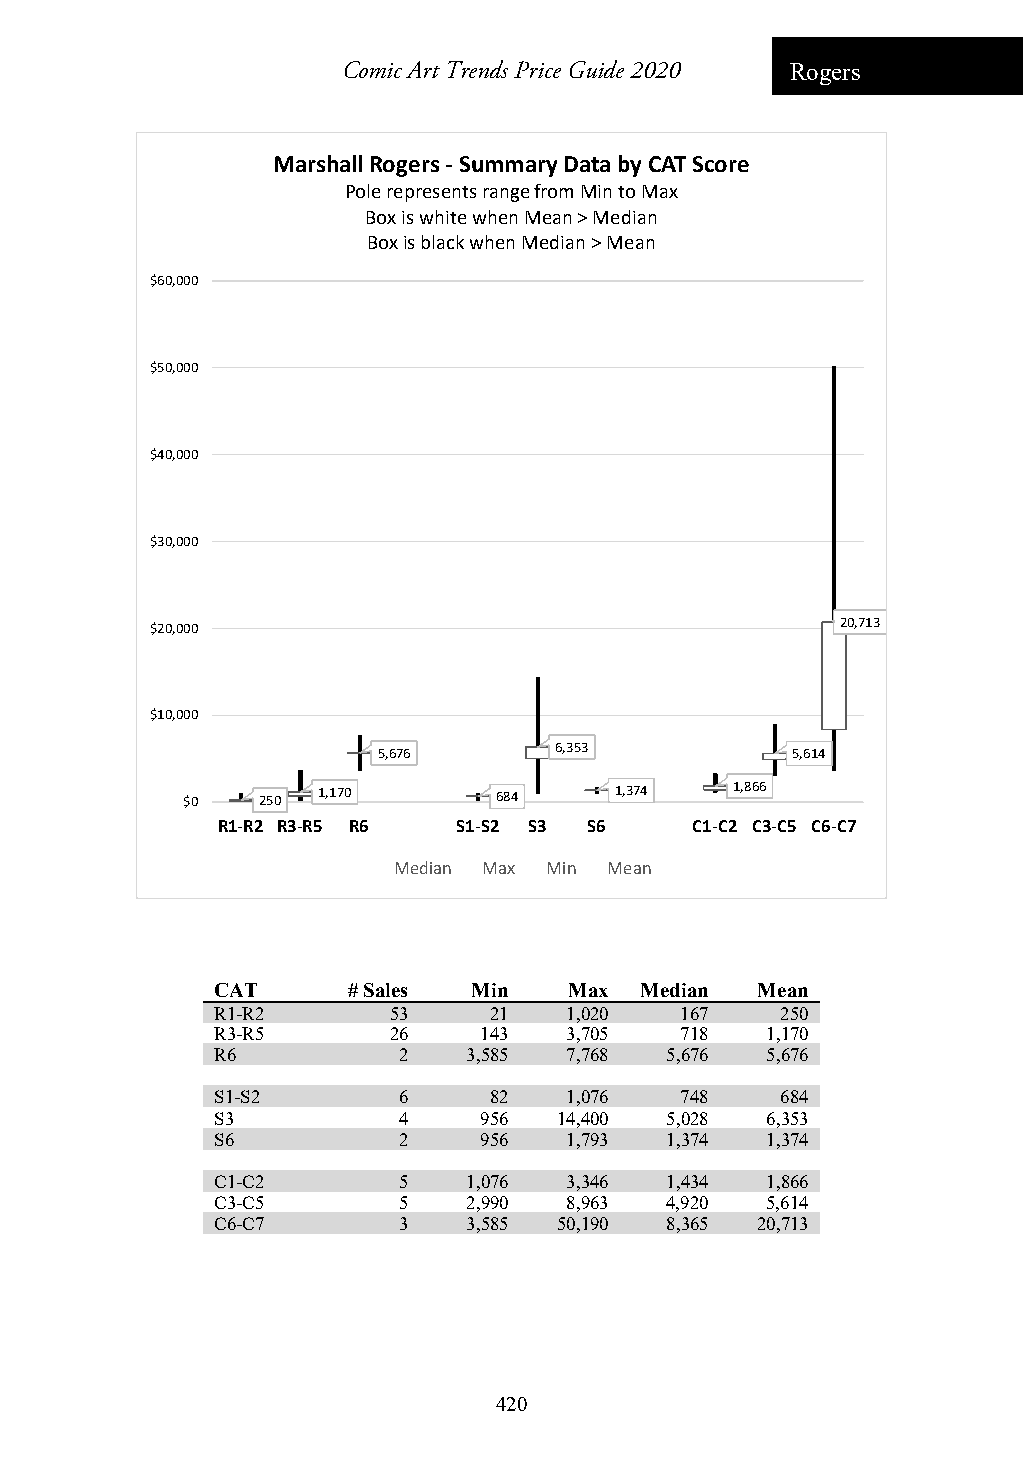
Comic Art Trends Price Guide 2020 Rogers
 Marshall Rogers ‐Summary Data by CAT Score
 Pole represents range from Min to Max
 Box is white when Mean > Median
 Box is black when Median > Mean
 $60,000
 $50,000
 $40,000
 $30,000
 $20,000                                       20,713
 $10,000
 5,676       6,353          5,614
 $0   250 1,170       684     1,374   1,866
 R1‐R2 R3‐R5 R6  S1‐S2 S3 S6     C1‐C2 C3‐C5 C6‐C7
 Median Max Min Mean
 CAT      # Sales Min    Max Median  Mean
 R1-R2       53    21   1,020   167    250
 R3-R5       26    143   3,705  718   1,170
 R6          2    3,585 7,768  5,676  5,676
 S1-S2       6     82   1,076   748    684
 S3          4     956  14,400 5,028  6,353
 S6          2     956  1,793  1,374  1,374
 C1-C2       5    1,076 3,346  1,434  1,866
 C3-C5       5    2,990 8,963  4,920  5,614
 C6-C7       3    3,585 50,190 8,365 20,713
 420